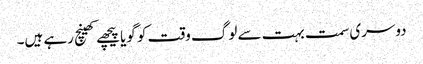
دوسری سمت بہت سے لوگ وقت کو گویا پیچھے کھینچ رہے ہیں۔